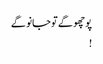
پوچھو گے تو جانو گے
!